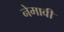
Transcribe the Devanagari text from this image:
नेमावी